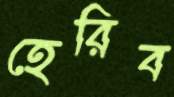
হেরিব